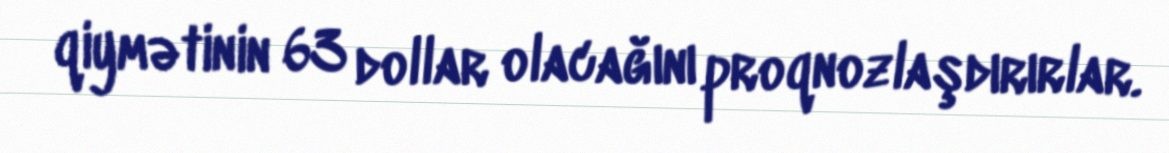
qiymətinin 63 dollar olacağını proqnozlaşdırırlar.